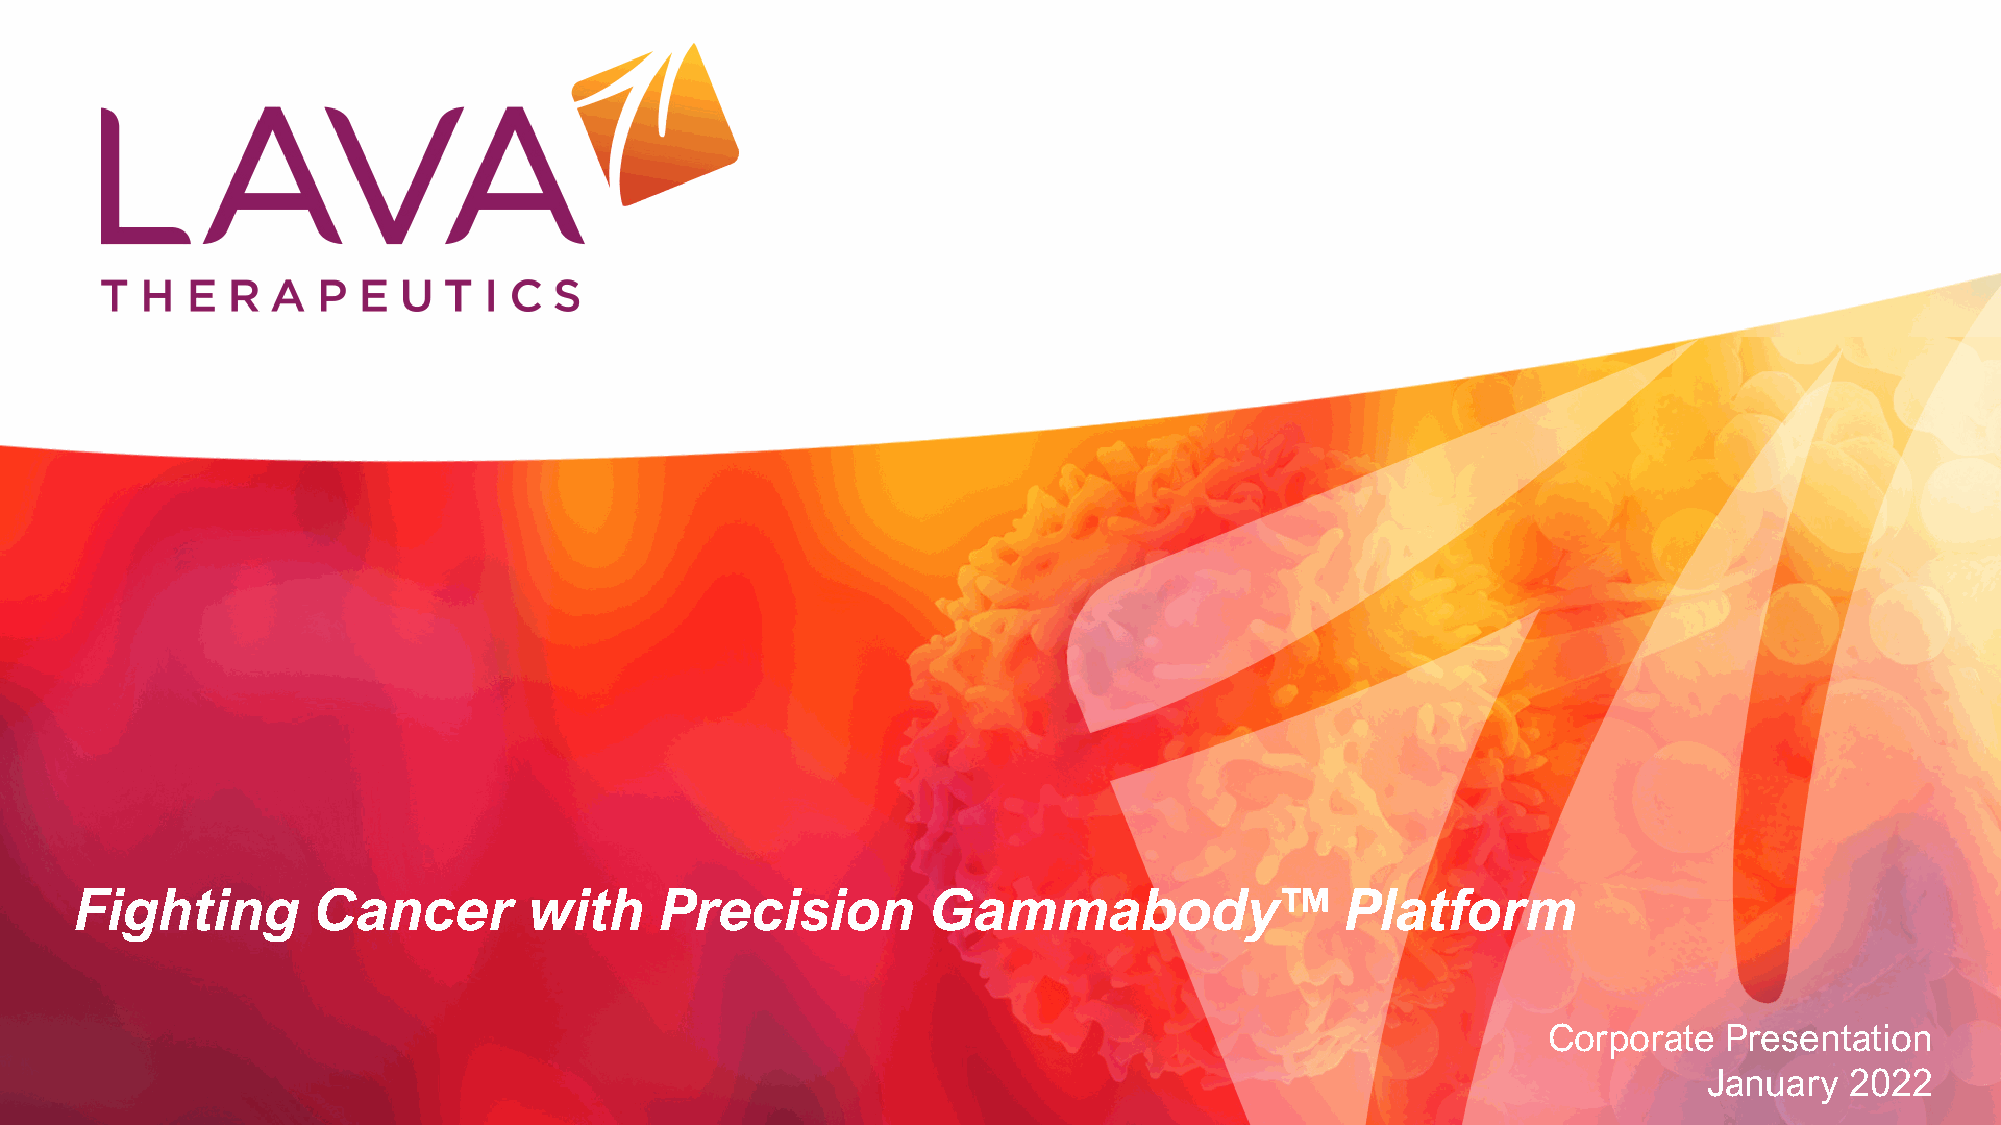
Fighting        Cancer        with     Precision         Gammabody™                 Platform
 Corporate   Presentation
 January  2022
 40